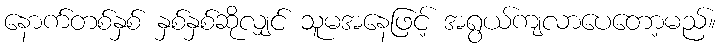
နောက်တစ်နှစ် နှစ်နှစ်ဆိုလျှင် သူမအနေဖြင့် အရွယ်ကျလာပေတော့မည်။